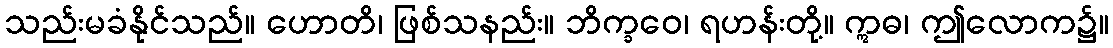
သည်းမခံနိုင်သည်။ ဟောတိ၊ ဖြစ်သနည်း။ ဘိက္ခဝေ၊ ရဟန်းတို့။ ဣဓ၊ ဤလောက၌။